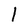
Character: l